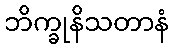
ဘိက္ခုနိသတာနံ